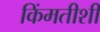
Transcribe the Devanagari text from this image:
किंमतीशी